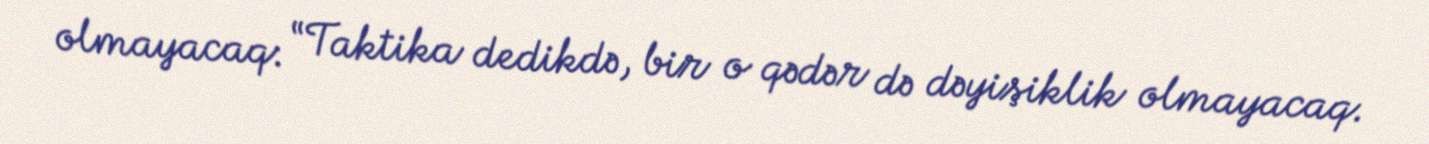
olmayacaq: “Taktika dedikdə, bir o qədər də dəyişiklik olmayacaq.